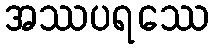
အဿပရဿေ